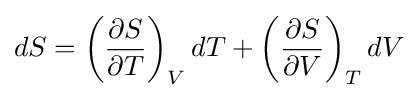
dS=\left({\frac {\partial S}{\partial T}}\right)_{V}dT+\left({\frac {\partial S}{\partial V}}\right)_{T}dV